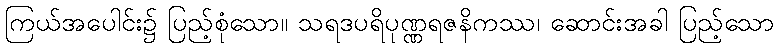
ကြယ်အပေါင်း၌ ပြည့်စုံသော။ သရဒပရိပုဏ္ဏရဇနိကဿ၊ ဆောင်းအခါ ပြည့်သော